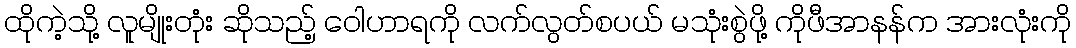
ထိုကဲ့သို့ လူမျိုးတုံး ဆိုသည့် ဝေါဟာရကို လက်လွတ်စပယ် မသုံးစွဲဖို့ ကိုဖီအာနန်က အားလုံးကို